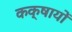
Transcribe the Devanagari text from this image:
कक्षायों